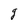
Character: g